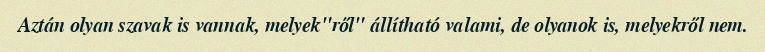
Aztán olyan szavak is vannak, melyek"ről" állítható valami, de olyanok is, melyekről nem.